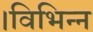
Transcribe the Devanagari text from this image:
।विभिन्न